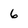
Character: 6